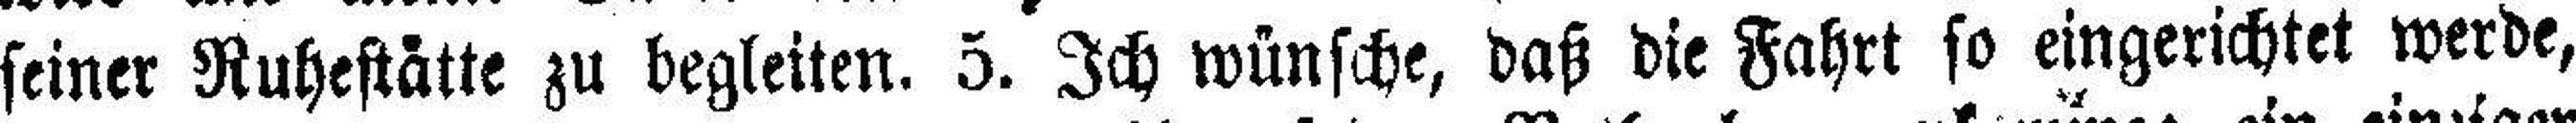
seiner Ruhestätte zu begleiten. 5. Ich wünsche, daß die Fahrt so eingerichtet werde,